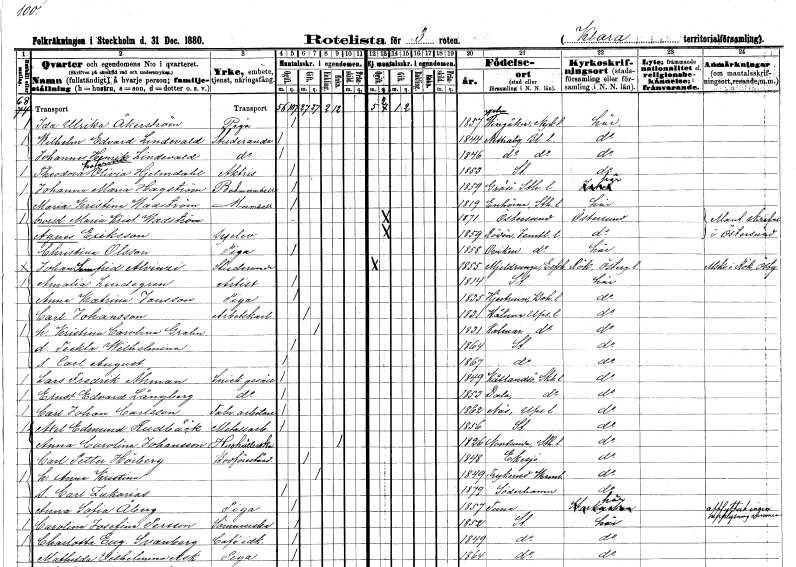
gt_parse: households: individuals: FN: Ida Ulrika
EN: Åkerström
YRKE: Piga
KON: K
CIV: O
FODAR: 1857
FODFORS: Västra Vingåker Södermanlands län
FN: Wilhelm Edvard
EN: Lindevald
YRKE: Studerande
KON: M
CIV: O
FODAR: 1844
FODFORS: Nättraby Blekinge län
FN: Johannes Henrik
EN: Lindevald
YRKE: Studerande
KON: M
CIV: O
FODAR: 1846
FODFORS: Nättraby Blekinge län
FN: Theodora Katarina Olivia
EN: Hjelmdahl
YRKE: Aktris
KON: K
CIV: O
FODAR: 1853
FODFORS: Stockholm
FN: Johanna Maria
EN: Hagström
YRKE: Badmamsell
KON: K
CIV: O
FODAR: 1859
FODFORS: Gräsö Uppsala län
FN: Maria Kristina
EN: Wadström
KON: K
CIV: O
FODAR: 1819
FODFORS: Enhörna Stockholms län
FN: Maria Kristina
EN: Wadström
KON: K
CIV: O
FODAR: 1871
FODFORS: Östersund Jämtlands län
FN: Agnes
EN: Eriksson
YRKE: Syelev
KON: K
CIV: O
FODAR: 1859
FODFORS: Rödön Jämtlands län
FN: Christina
EN: Olsson
YRKE: Piga
KON: K
CIV: O
FODAR: 1858
FODFORS: Oviken Jämtlands län
FN: Johan Semfrid
EN: Alvinzi
YRKE: Studerande
KON: M
CIV: O
FODAR: 1855
FODFORS: Mjäldrunga Älvsborgs län
FN: Amalia
EN: Lindegren
YRKE: Artist
KON: K
CIV: O
FODAR: 1814
FODFORS: Stockholm
FN: Anna Katrina
EN: Jansson
YRKE: Piga
KON: K
CIV: O
FODAR: 1835
FODFORS: Hjärtum Älvsborgs län
FN: Carl
EN: Johansson
YRKE: Arbetskarl
KON: M
CIV: G
FODAR: 1831
FODFORS: Håtuna Stockholms län
FN: Kristina Carolina
EN: Grahn
KON: K
CIV: G
FODAR: 1831
FODFORS: Kalmar Kalmar län
FN: Teckla Wilhelmina
KON: K
CIV: O
FODAR: 1864
FODFORS: Stockholm
FN: Carl August
KON: M
CIV: O
FODAR: 1867
FODFORS: Stockholm
FN: Lars Fredrik
EN: Åhman
YRKE: Snickaregesäll
KON: M
CIV: O
FODAR: 1849
FODFORS: Kållandsö Skaraborgs län
FN: Ernst Edvard
EN: Långberg
YRKE: Snickaregesäll
KON: M
CIV: O
FODAR: 1853
FODFORS: Dala Skaraborgs län
FN: Carl Johan
EN: Carlsson
YRKE: Fabriksarbetare
KON: M
CIV: O
FODAR: 1862
FODFORS: Näs Uppsala län
FN: Axel Edmund
EN: Rudbäck
YRKE: Metallarbetare
KON: M
CIV: O
FODAR: 1856
FODFORS: Stockholm
FN: Anna Carolina
EN: Johansson
YRKE: Hushållerska
KON: K
CIV: E
FODAR: 1826
FODFORS: Norrsunda Stockholms län
FN: Carl Petter
EN: Hörberg
YRKE: Bodföreståndare
KON: M
CIV: G
FODAR: 1848
FODFORS: Eksjö Jönköpings län
FN: Anna Kristina
KON: K
CIV: G
FODAR: 1849
FODFORS: Frykerud Värmlands län
FN: Carl Zakarias
KON: M
CIV: O
FODAR: 1879
FODFORS: Söderhamn Gävleborgs län
FN: Anna Sofia
EN: Åberg
YRKE: Piga
KON: K
CIV: O
FODAR: 1857
FN: Carolina Josefina
EN: Persson
YRKE: Sömmerska
KON: K
CIV: O
FODAR: 1852
FODFORS: Stockholm
FN: Charlotta Eugenia
EN: Svanberg
YRKE: Caféidkare
KON: K
CIV: O
FODAR: 1849
FODFORS: Stockholm
FN: Mathilda Vilhelmina
EN: Ask
YRKE: Piga
KON: K
CIV: O
FODAR: 1864
FODFORS: Stockholm